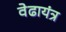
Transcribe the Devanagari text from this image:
वेढायंत्र